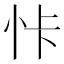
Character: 𱞊